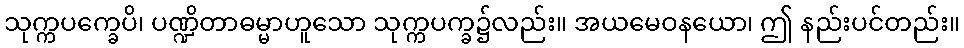
သုက္ကပက္ခေပိ၊ ပဏ္ဍိတာဓမ္မာဟူသော သုက္ကပက္ခ၌လည်း။ အယမေဝနယော၊ ဤ နည်းပင်တည်း။